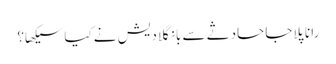
رانا پلاجا حادثے سے بانگلادیش نے کیا سیکھا؟